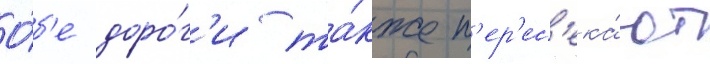
О́б'е доро́г'и та́кже п'ер'ес'ека́ют